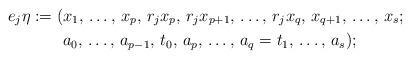
LaTeX: \begin{align*}e_{j} \eta := ( & x_{1},\,\ldots,\,x_{p},\,r_{j}x_{p},\,r_{j}x_{p+1},\,\ldots,\, r_{j}x_{q},\,x_{q+1},\,\ldots,\,x_{s} ; \\& a_{0},\,\ldots,\,a_{p-1},\,t_{0},\,a_{p},\,\ldots,\,a_{q}=t_{1},\,\ldots,\,a_{s});\end{align*}